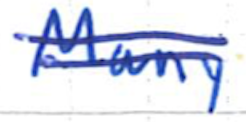
Text: Many
Cross-out: double-line
Writing tool: ballpoint